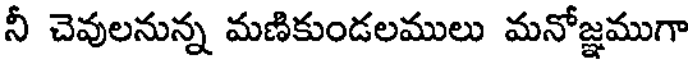
నీ చెవులనున్న మణికుండలములు మనోజ్ఞముగా